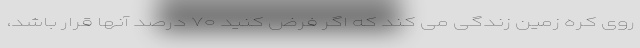
روی کره زمین زندگی می کند که اگر فرض کنید ۷۰ درصد آنها قرار باشد،